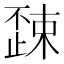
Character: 𣦚